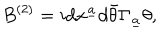
LaTeX: B ^ { ( 2 ) } = i d x ^ { \underline { { a } } } d \bar { \theta } \Gamma _ { \underline { { a } } } \theta ,